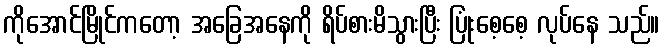
ကိုအောင်မြိုင်ကတော့ အခြေအနေကို ရိပ်စားမိသွားပြီး ပြုံးစေ့စေ့ လုပ်နေ သည်။